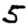
Digit: 5